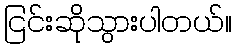
ငြင်းဆိုသွားပါတယ်။